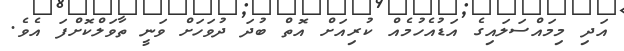
އަދި މިމައްސަލައިގެ އަޑުއެހުމެއް ކުރިއަށް އޮތް ބުދަ ދުވަހަށް ވަނީ ތާވަލްކޮށްފަ އެވެ.